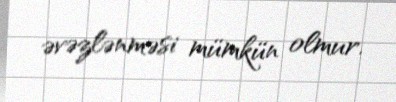
əvəzlənməsi mümkün olmur.